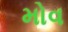
મોવ